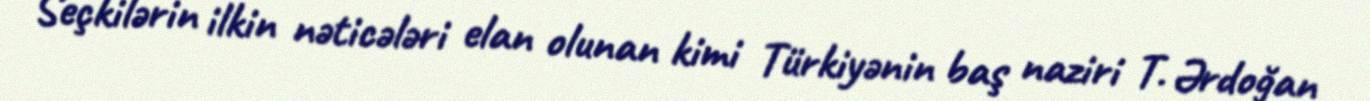
Seçkilərin ilkin nəticələri elan olunan kimi Türkiyənin baş naziri T. Ərdoğan